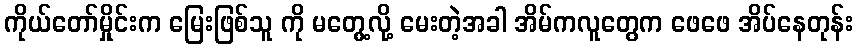
ကိုယ်တော်မှိုင်းက မြေးဖြစ်သူ ကို မတွေ့လို့ မေးတဲ့အခါ အိမ်ကလူတွေက ဖေဖေ အိပ်နေတုန်း